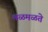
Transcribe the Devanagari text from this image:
मळमळते